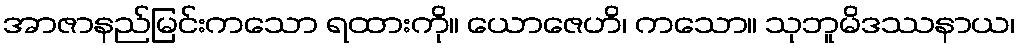
အာဇာနည်မြင်းကသော ရထားကို။ ယောဇေဟိ၊ ကသော။ သုဘူမိဒဿနာယ၊